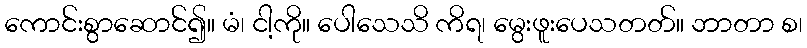
ကောင်းစွာဆောင်၍။ မံ၊ ငါ့ကို။ ပေါသေသိ ကိရ၊ မွေးဖူးပေသတတ်။ ဘာတာ စ၊